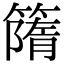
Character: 𥳔